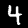
Label: 4